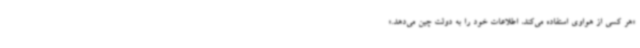
«هر کسی از هواوی استفاده می‌کند، اطلاعات خود را به دولت چین می‌دهد.»